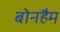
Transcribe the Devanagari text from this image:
बोनहैम